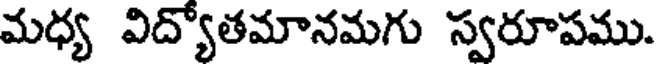
మధ్య విద్యోతమానమగు స్వరూపము.